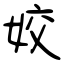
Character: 姣